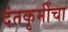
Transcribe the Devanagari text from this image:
दंतकृमींचा